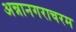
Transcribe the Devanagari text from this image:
अन्नानगराचरम